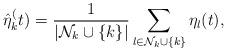
LaTeX: \begin{align*}\hat{\eta}_k^(t) = \frac{1}{|\mathcal{N}_k\cup\{k\}|}\sum_{l\in\mathcal{N}_k\cup\{k\}}\eta_l(t),\end{align*}